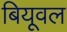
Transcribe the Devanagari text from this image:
बियूवल